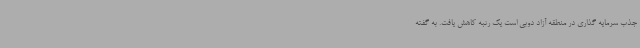
جذب سرمایه گذاری در منطقه آزاد دوبی است یک رتبه کاهش یافت. به گفته